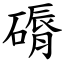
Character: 磭